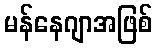
မန်နေဂျာအဖြစ်